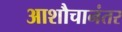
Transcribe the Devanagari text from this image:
आशौचानंतर